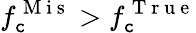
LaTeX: f_{\mathtt{c}}^{\mathrm{{~M~i~s~}}}>f_{\mathtt{c}}^{\mathrm{{~T~r~u~e~}}}